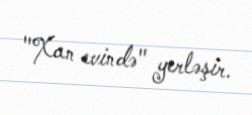
"Xan evində" yerləşir.